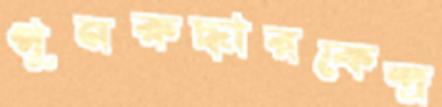
পুনরুদ্ধারকেন্দ্র